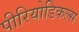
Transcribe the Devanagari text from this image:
पीरियोडिकल्स